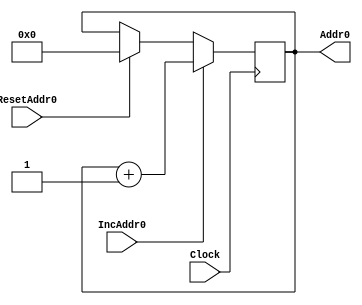
module addr0counter(IncAddr0,ResetAddr0,Clock,Addr0);
input IncAddr0,ResetAddr0,Clock;
wire IncAddr0,ResetAddr0,Clock;
output [6:0] Addr0;
reg [6:0] Addr0=0;

always @(posedge Clock)
begin
if (IncAddr0==1)
	Addr0 <= Addr0 + 1;
else if (ResetAddr0==1)
	Addr0<= 0;
end
endmodule